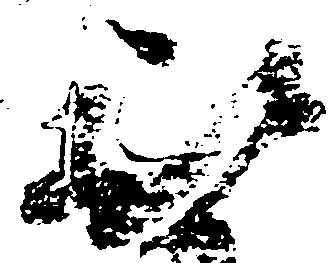
被